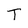
Character: T